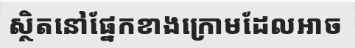
ស្ថិតនៅផ្នែកខាងក្រោមដែលអាច